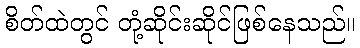
စိတ်ထဲတွင် တုံ့ဆိုင်းဆိုင်ဖြစ်နေသည်။